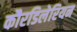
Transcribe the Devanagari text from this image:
कौरडिलेरियन